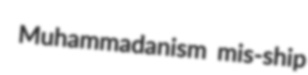
Muhammadanism mis-ship